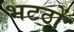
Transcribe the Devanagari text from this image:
भटठों